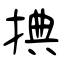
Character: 捵